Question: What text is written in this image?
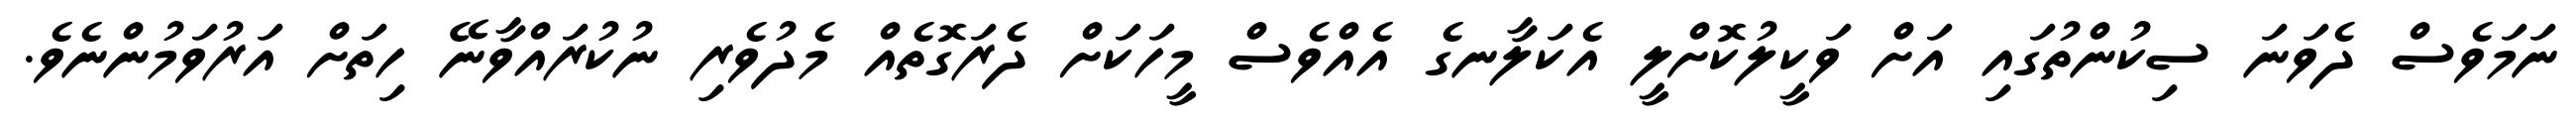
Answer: ނަމަވެސް ދެވަނަ ސިކުންތުގައި އަށް ވަކީލުކޮށްލީ އެކަލާނގެ އެއްވެސް މީހަކަށް ދެރަގޮތެއް މެދުވެރި ނުކުރައްވާނޭ ހިތަށް އަރުވަމުންނެވެ.